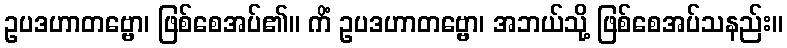
ဥပဒဟာတဗ္ဗော၊ ဖြစ်စေအပ်၏။ ကိံ ဥပဒဟာတဗ္ဗော၊ အဘယ်သို့ ဖြစ်စေအပ်သနည်း။